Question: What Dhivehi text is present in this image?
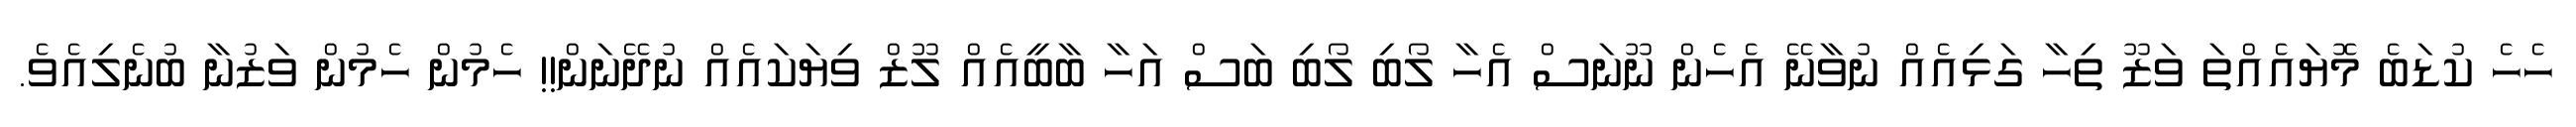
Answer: ހެހެ ކުޑަބެ މޮޔައެއްތަ ވަޒޫ ތިހާ ގަޅިއެއް ނުވާނޭ އެހެން ނޫނަސް އެހާ ލޯބި ލޯބި ބަސް އަހާ ބާބީއެއް ލޫޒް ވިޔަކައެއް ނުދޭނަން!! ހެމުން ހެމުން ވަޒުނާ ބުނެލިއެވެ.